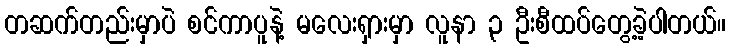
တဆက်တည်းမှာပဲ စင်ကာပူနဲ့ မလေးရှားမှာ လူနာ ၃ ဦးစီထပ်တွေ့ခဲ့ပါတယ်။